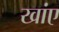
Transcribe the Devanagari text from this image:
खांए